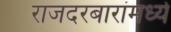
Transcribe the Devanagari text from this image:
राजदरबारांमध्ये